Distribution and causation of leprosy in British India
Year: 1875
Disease focus: Leprosy
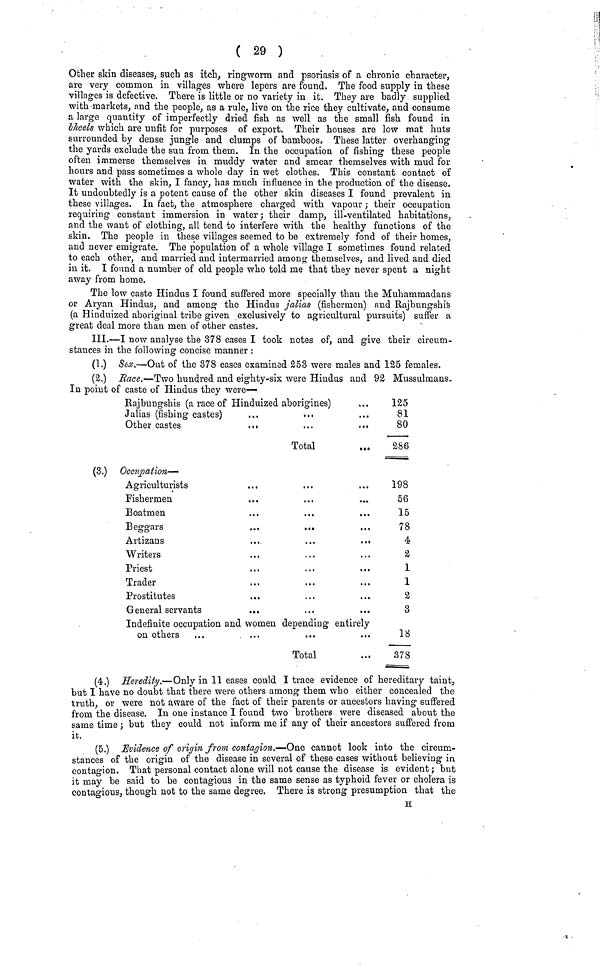
( 29 )
Other skin diseases, such as itch, ringworm and psoriasis of a chronic character,
are very common in villages where lepers are found. The food supply in these
villages is defective. There is little or no variety in it. They are badly supplied
with markets, and the people, as a rule, live on the rice they cultivate, and consume
a large quantity of imperfectly dried fish as well as the small fish found in
bheels which are unfit for purposes of export. Their houses are low mat huts
surrounded by dense jungle and clumps of bamboos. These latter overhanging
the yards exclude the sun from them. In the occupation of fishing these people
often immerse themselves in muddy water and smear themselves with mud for
hours and pass sometimes a whole day in wet clothes. This constant contact of
water with the skin, I fancy, has much influence in the production of the disease.
It undoubtedly is a potent cause of the other skin diseases I found prevalent in
these villages. In fact, the atmosphere charged with vapour ; their occupation
requiring constant immersion in water ; their damp, ill-ventilated habitations,
and the want of clothing, all tend to interfere with the healthy functions of the
skin. The people in these villages seemed to be extremely fond of their homes,
and never emigrate. The population of a whole village I sometimes found related
to each other, and married and intermarried among themselves, and lived and died
in it. I found a number of old people who told me that they never spent a night
away from home.
The low caste Hindus I found suffered more specially than the Muhammadans
or Aryan Hindus, and among the Hindus jalias (fishermen) and Rajbungshis
(a Hinduized aboriginal tribe given exclusively to agricultural pursuits) suffer a
great deal more than men of other castes.
III.—I now analyse the 378 cases I took notes of, and give their circum-
stances in the following concise manner :
(1.) Sex.—Out of the 378 cases examined 253 were males and 125 females.
(2.) Race.—Two hundred and eighty-six were Hindus and 92 Mussulmans.
In point of caste of Hindus they were—
Rajbungshis (a race of Hinduized aborigines)
Jalias (fishing castes)
...
...
Other castes
...
(3.) Occupation—
Agriculturists
Fishermen
Boatmen
Beggars
Artizans
Writers
Priest
Trader
Prostitutes
...
General servants
...
Total
...
...
...
...
...
. . .
. . .
...
...
.. .
...
...
...
...
...
...
...
...
. ..
...
...
...
...
Indefinite occupation and women depending entirely
on others
Total
125
81
80
286
198
56
15
78
4
2
1
1
2
3
18
378
(4.) Heredity.—Only in 11 eases could I trace evidence of hereditary taint,
but I have no doubt that there were others among them who either concealed the